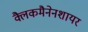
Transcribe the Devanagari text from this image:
क्लैकमैनेनशायर